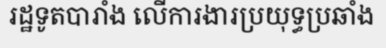
រដ្ឋទូតបារាំង លើការងារប្រយុទ្ធប្រឆាំង